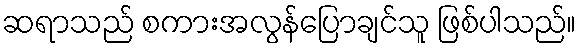
ဆရာသည် စကားအလွန်ပြောချင်သူ ဖြစ်ပါသည်။